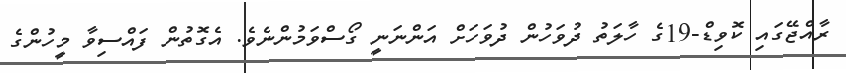
ރާއްޖޭގައި ކޮވިޑް-19ގެ ހާލަތު ދުވަހުން ދުވަހަށް އަންނަނީ ގޯސްވަމުންނެވެ. އެގޮތުން ފައްސިވާ މީހުންގެ